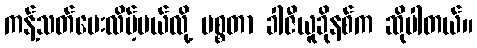
ကန့်သတ်ပေးလိမ့်မယ်လို့ မစ္စတာ ခါဇီယူခိုနစ်က ဆိုပါတယ်။